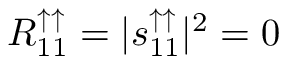
R _ { 1 1 } ^ { \uparrow \uparrow } = | s _ { 1 1 } ^ { \uparrow \uparrow } | ^ { 2 } = 0